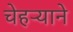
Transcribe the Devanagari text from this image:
चेहऱ्याने